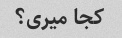
کجا میری؟